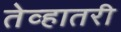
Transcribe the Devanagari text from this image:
तेव्हातरी